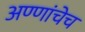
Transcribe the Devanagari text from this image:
अण्णांचेच